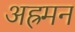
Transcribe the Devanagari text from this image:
अह्रमन